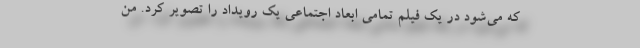
که می‌شود در یک فیلم تمامی ابعاد اجتماعی یک رویداد را تصویر کرد. من